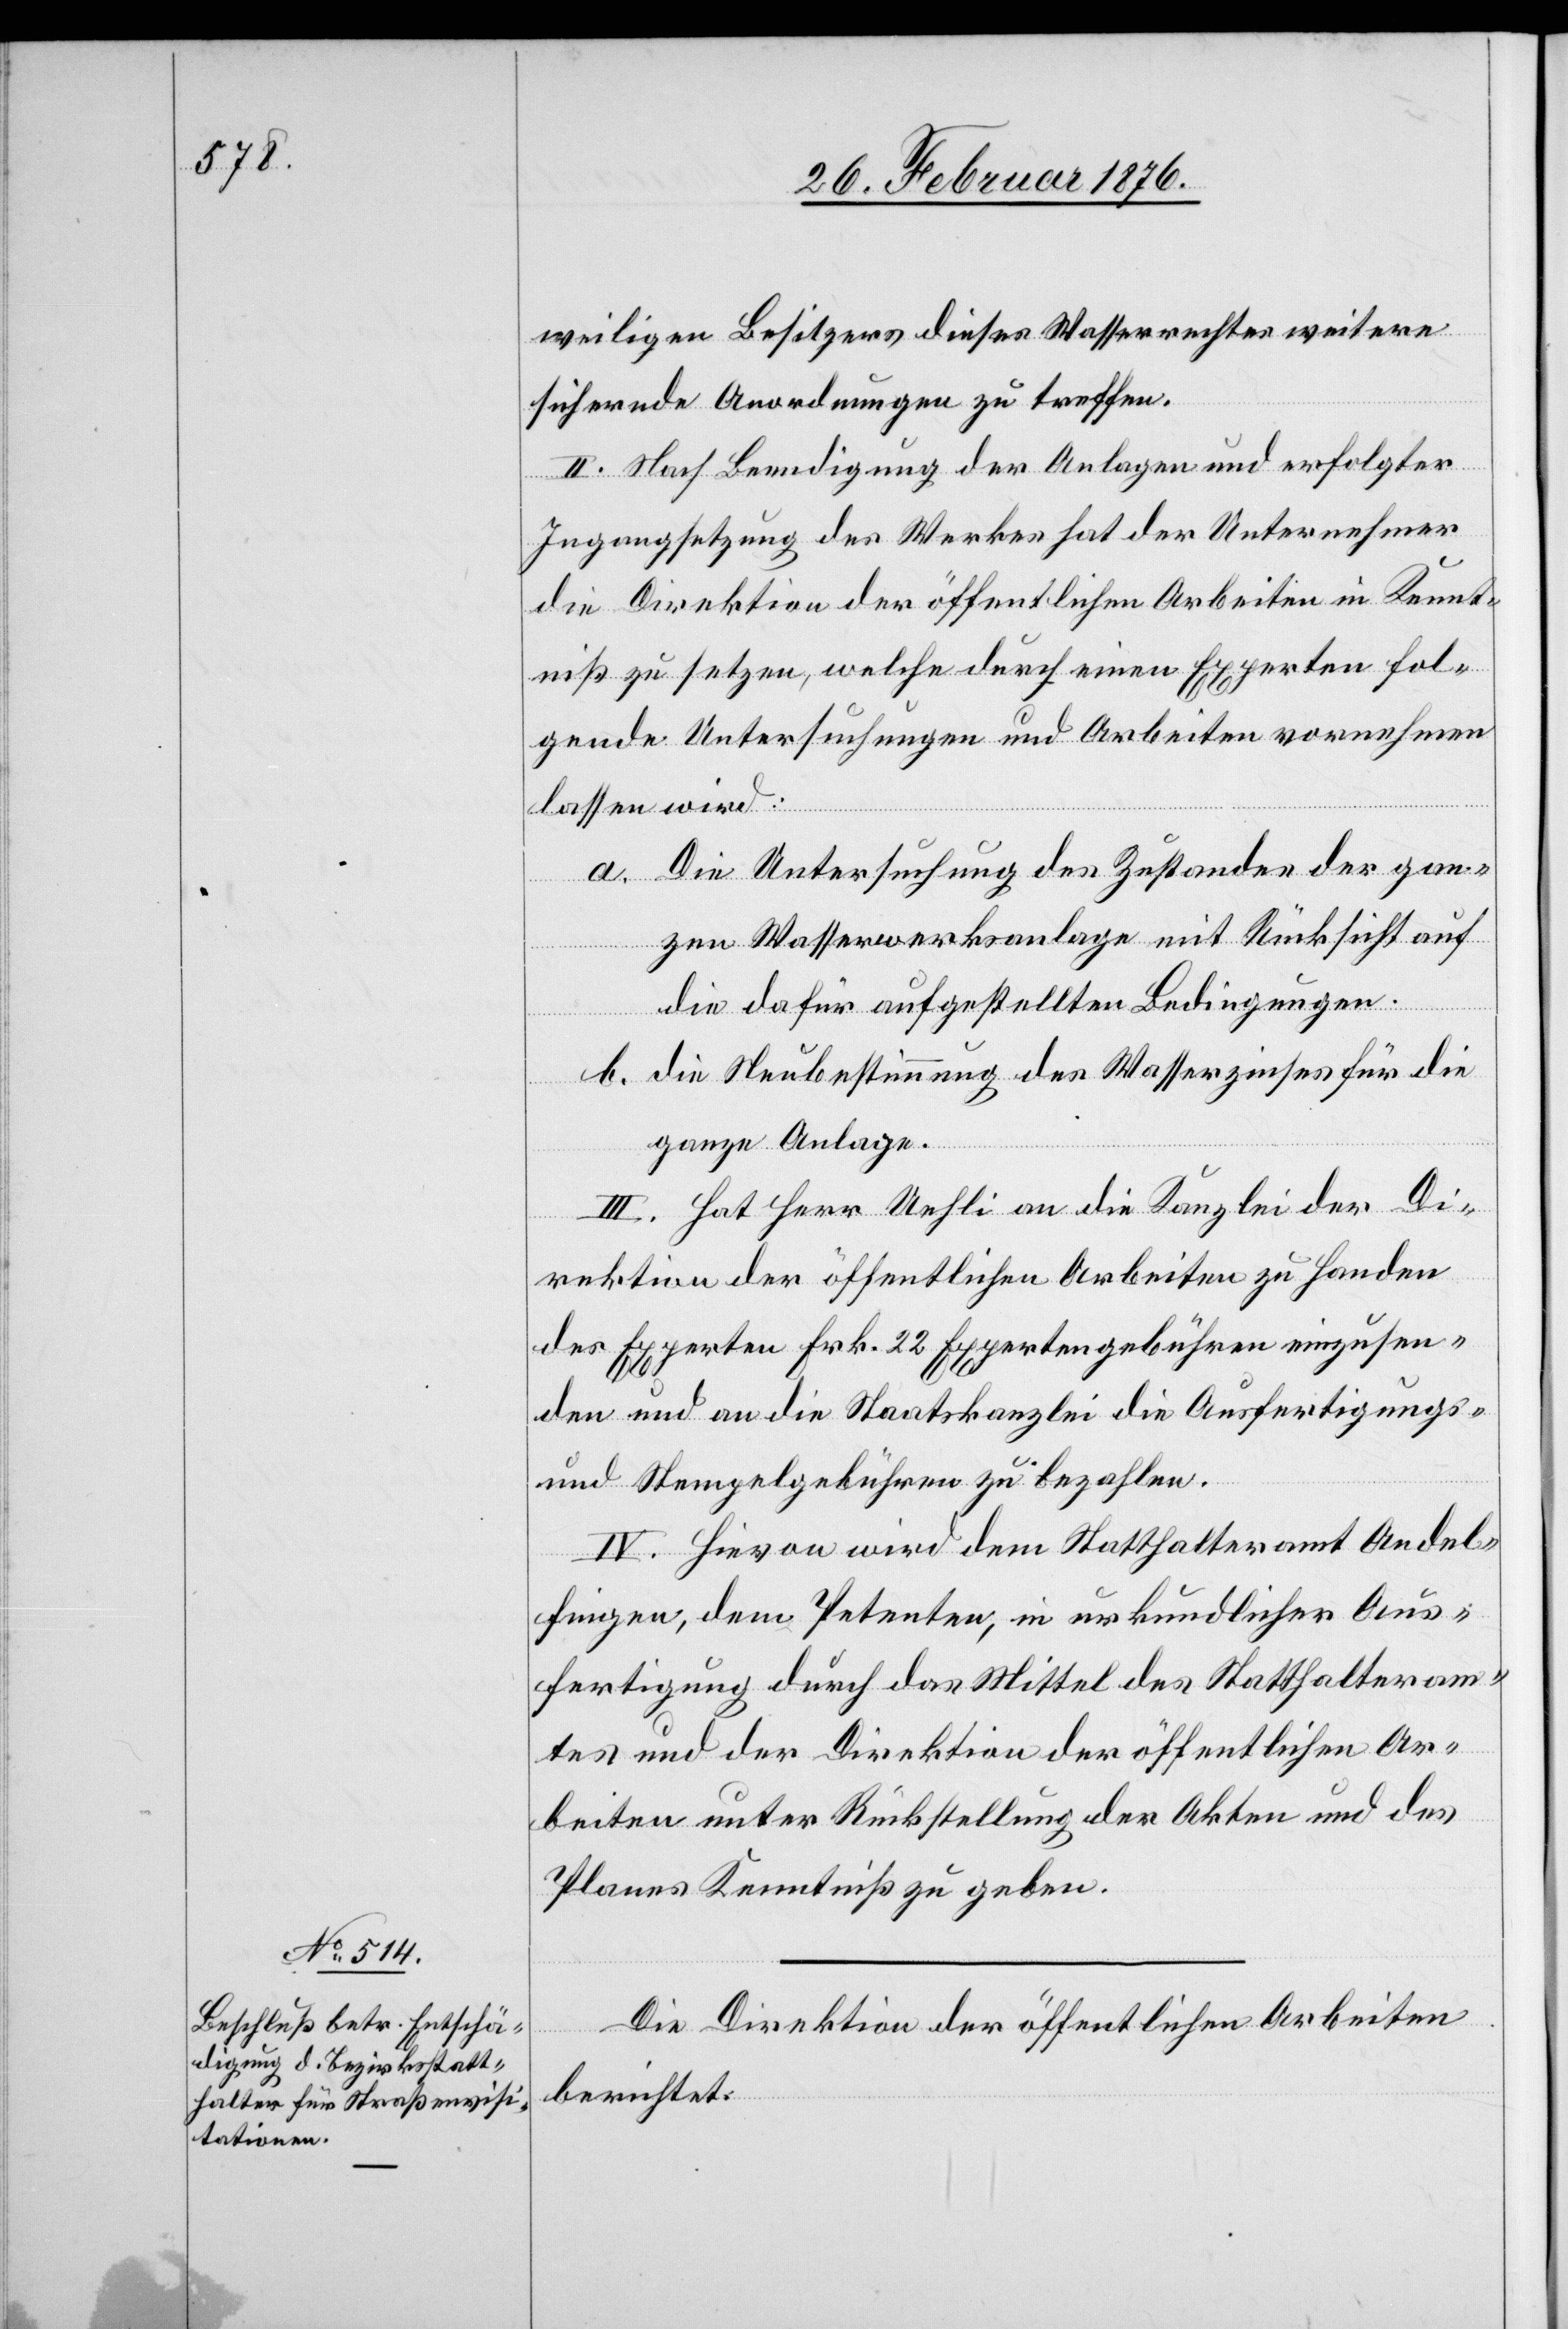
weiligen Besitzers dieses Wasserrechtes weitere
sichernde Anordnungen zu treffen.
II. Nach Beendigung der Anlage und erfolgter
Ingangsetzung des Werkes hat der Unternehmer
die Direktion der öffentlichen Arbeiten in Kennt¬
niß zu setzen, welche durch einen Experten fol¬
gende Untersuchung und Arbeiten vornehmen
lassen wird:
a. Die Untersuchung des Zustandes der gan¬
zen Wasserwerkanlage mit Rücksicht auf
die dafür aufgestellten Bedingungen.
b. die Neubestimmung des Wasserzinses für die
ganze Anlage.
III. Hat Herr Uehli an die Kanzlei der Di¬
rektion der öffentlichen Arbeiten zu Handen
der Experten Frk. 22 Expropriationsgebühren einzusen¬
den und an die Staatskanzlei die Ausfertigungs-
und Stempelgebühren zu bezahlen.
IV. Hievon wird dem Statthalteramt Andel¬
fingen, dem Petenten, in urkundlicher Aus¬
fertigung durch das Mittel des Statthalteram¬
tes und der Direktion der öffentlichen Ar¬
beiten unter Rückstellung der Akten und des
Planes Kenntniß zu geben.
Die Direktion der öffentlichen Arbeiten
berichtet: